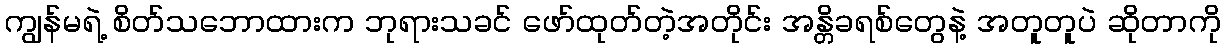
ကျွန်မရဲ့ စိတ်သဘောထားက ဘုရားသခင် ဖော်ထုတ်တဲ့အတိုင်း အန္တိခရစ်တွေနဲ့ အတူတူပဲ ဆိုတာကို